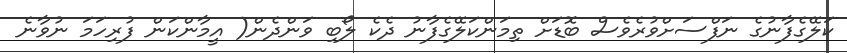
ކަލޭގެފާނުގެ ނަފްސަށްވުރެވެސް ބޮޑަށް ތިމަންކަލޭގެފާނު ދެކެ ލޯބި ވަންދެން( އީމާންކަން ފުރިހަމަ ނުވާނެ